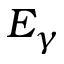
E _ { \gamma }